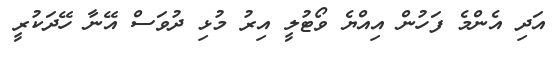
އަދި އެންމެ ފަހުން އިއްޔެ ވޯޓުލީ އިރު މުޅި ދުވަސް އޭނާ ހޭދަކުރީ